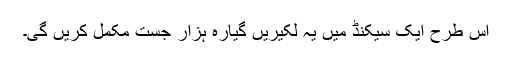
اس طرح ایک سیکنڈ میں یہ لکیریں گیارہ ہزار جست مکمل کریں گی۔